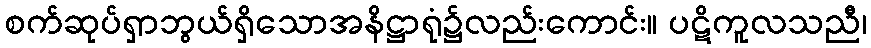
စက်ဆုပ်ရှာဘွယ်ရှိသောအနိဋ္ဌာရုံ၌လည်းကောင်း။ ပဋိကူလသညီ၊